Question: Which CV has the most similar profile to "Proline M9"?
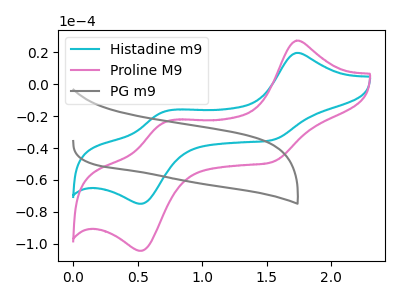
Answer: <think>The cyan curve "Histadine m9" has anodic peaks at (1.75V, 19.50uA) (0.70V, -17.25uA) and cathodic peaks at (1.55V, -35.05uA) (0.55V, -74.85uA). The pink curve "Proline M9" has anodic peaks at (1.75V, 27.15uA) (0.70V, -24.05uA) and cathodic peaks at (1.55V, -48.80uA) (0.55V, -104.30uA). The gray curve "PG m9" has no peaks.
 All the peaks in "Histadine m9" have a peak in "Proline M9" at the same potential. "Histadine m9" and "PG m9" have a different number of peaks. "Proline M9" and "PG m9" have a different number of peaks.</think>
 <answer>The CV with the most similar shape to "Histadine m9" is "Proline M9".</answer>
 <eval>"Proline M9"</eval>